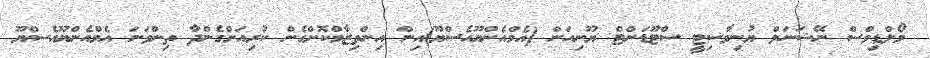
މޯލްޑިވްސް ނޭޝަނަލް ޔުނިވާސިޓީ ސްޓޫޑަންޓް ޔޫނިއަން (އެމްއެންޔޫއެސްޔޫ)އިން އިންތިޒާމްކޮށްގެން ކުރިއަށްގެންދާ ތިންވަނަ އެމްއެންޔޫއެސްޔޫ